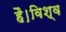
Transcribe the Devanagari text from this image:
है।विश्व